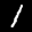
Label: 1